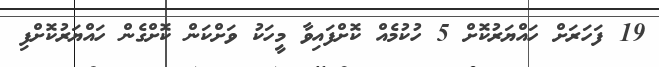
19 ފަހަރަށް ހައްޔަރުކޮށް 5 ހުކުމެއް ކޮށްފައިވާ މީހަކު ވަށްކަން ކޮށްގެން ހައްޔަރުކޮށްފި